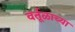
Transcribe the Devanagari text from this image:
वर्तूळाच्या